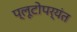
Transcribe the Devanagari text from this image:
प्लूटोपर्यंत